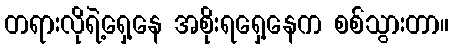
တရားလိုရဲ့ရှေ့နေ အစိုးရရှေ့နေက စစ်သွားတာ။